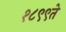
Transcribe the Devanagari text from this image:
१८९९ते